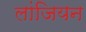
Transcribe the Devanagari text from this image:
लांजियन